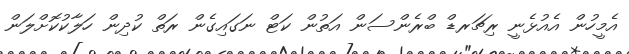
އެމީހުން އެއުޅެނީ ރިޗަރޑް ބްރެންސަން އަތުން ކަޓް ނަގައިގެން ރަތް ކުދިން ހަލާކުކޮށްލަން